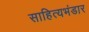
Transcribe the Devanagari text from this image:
साहित्यभंडार